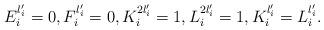
LaTeX: \begin{align*} E_i^{l_i'} = 0, F_i^{l_i'}=0, K_i^{2l_i'}=1, L_i^{2l_i'}=1, K_i^{l_i'}=L_i^{l_i'}.\end{align*}